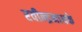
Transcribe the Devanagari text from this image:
रवीन्द्रनाथके